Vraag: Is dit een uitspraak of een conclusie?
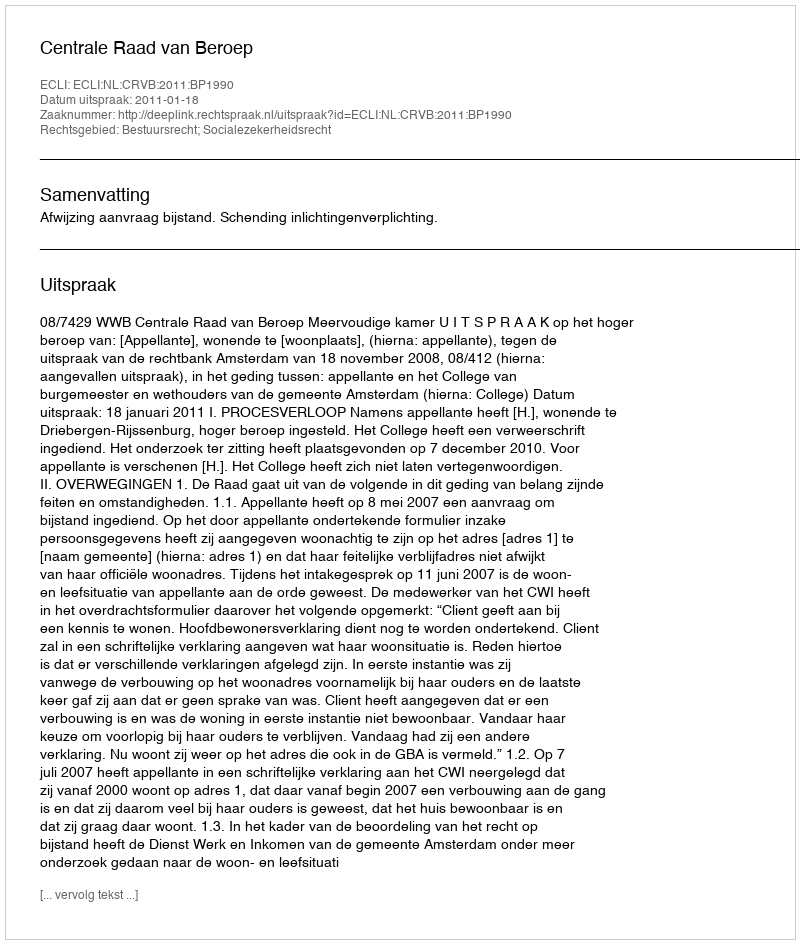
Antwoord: Uitspraak